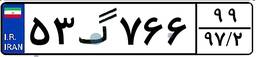
۵۳گ۷۶۶۹۹